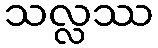
သလ္လဿ